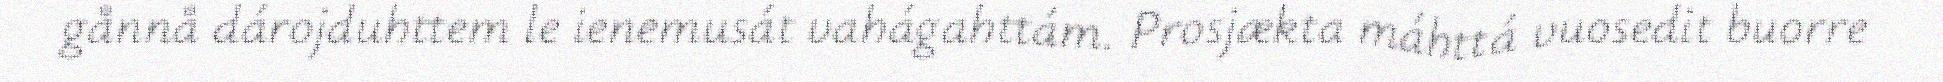
gånnå dárojduhttem le ienemusát vahágahttám. Prosjækta máhttá vuosedit buorre